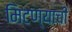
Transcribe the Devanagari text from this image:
मिटण्याची